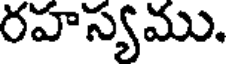
రహస్యము.